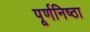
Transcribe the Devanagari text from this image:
पूर्णनिष्ठा